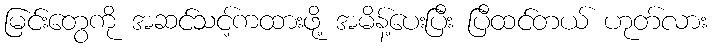
မြင်းတွေကို အဆင်သင့်ကထားဖို့ အမိန့်ပေးပြီး ပြီထင်တယ် ဟုတ်လား